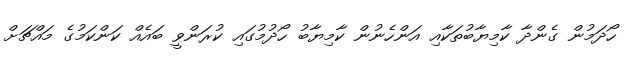
ހޯދަމުން ގެންދާ ކާމިޔާބުތަކާއި އަންހެނުން ކާމިޔާބު ހޯދުމުގައި ކުރަންވީ ބައެއް ކަންކަމުގެ މައްޗަށް